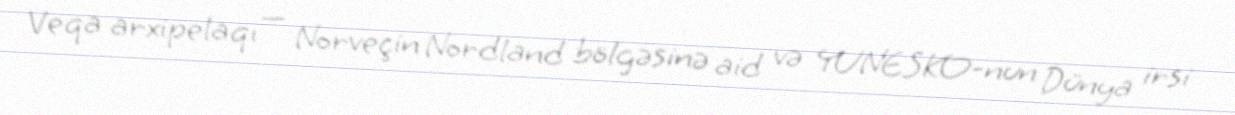
Veqa arxipelaqı — Norveçin Nordland bölgəsinə aid və YUNESKO-nun Dünya irsi